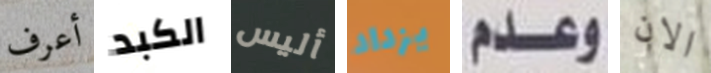
أعرف الكبد أليس يزداد وعدم الان